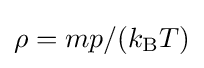
\rho =mp/(k_{\text{B}}T)